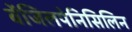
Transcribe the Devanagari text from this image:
बेंजिलपेनिसिलिन